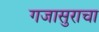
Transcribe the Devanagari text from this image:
गजासुराचा